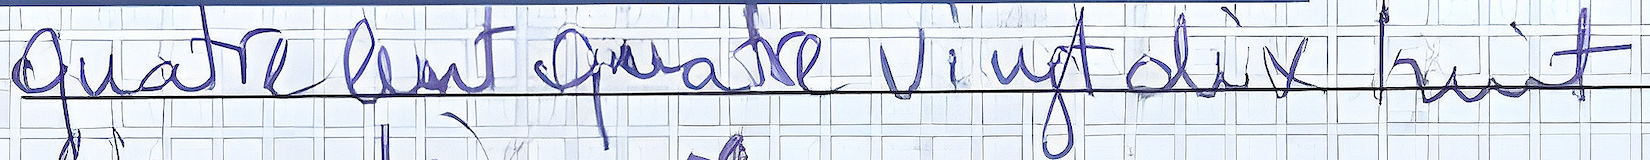
Quatre Cent quatre vingt dix huit